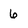
Character: 6